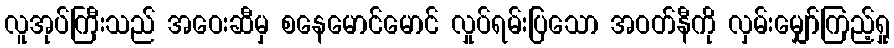
လူအုပ်ကြီးသည် အဝေးဆီမှ စနေမောင်မောင် လှုပ်ရမ်းပြသော အဝတ်နီကို လှမ်းမျှော်ကြည့်ရှု